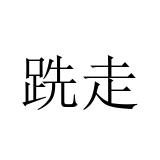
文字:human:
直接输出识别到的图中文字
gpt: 跣走